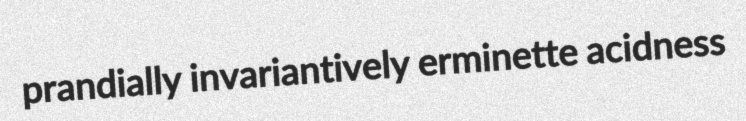
prandially invariantively erminette acidness